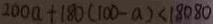
2 0 0 a + 1 8 0 ( 1 0 0 - a ) < 1 8 0 8 0